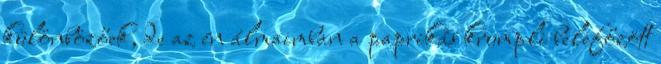
különbözőek, de az én álmaimban a paprikás krumpli belefőzött